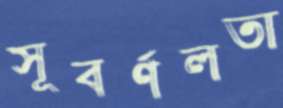
সূবর্ণলতা